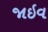
જાઇવ